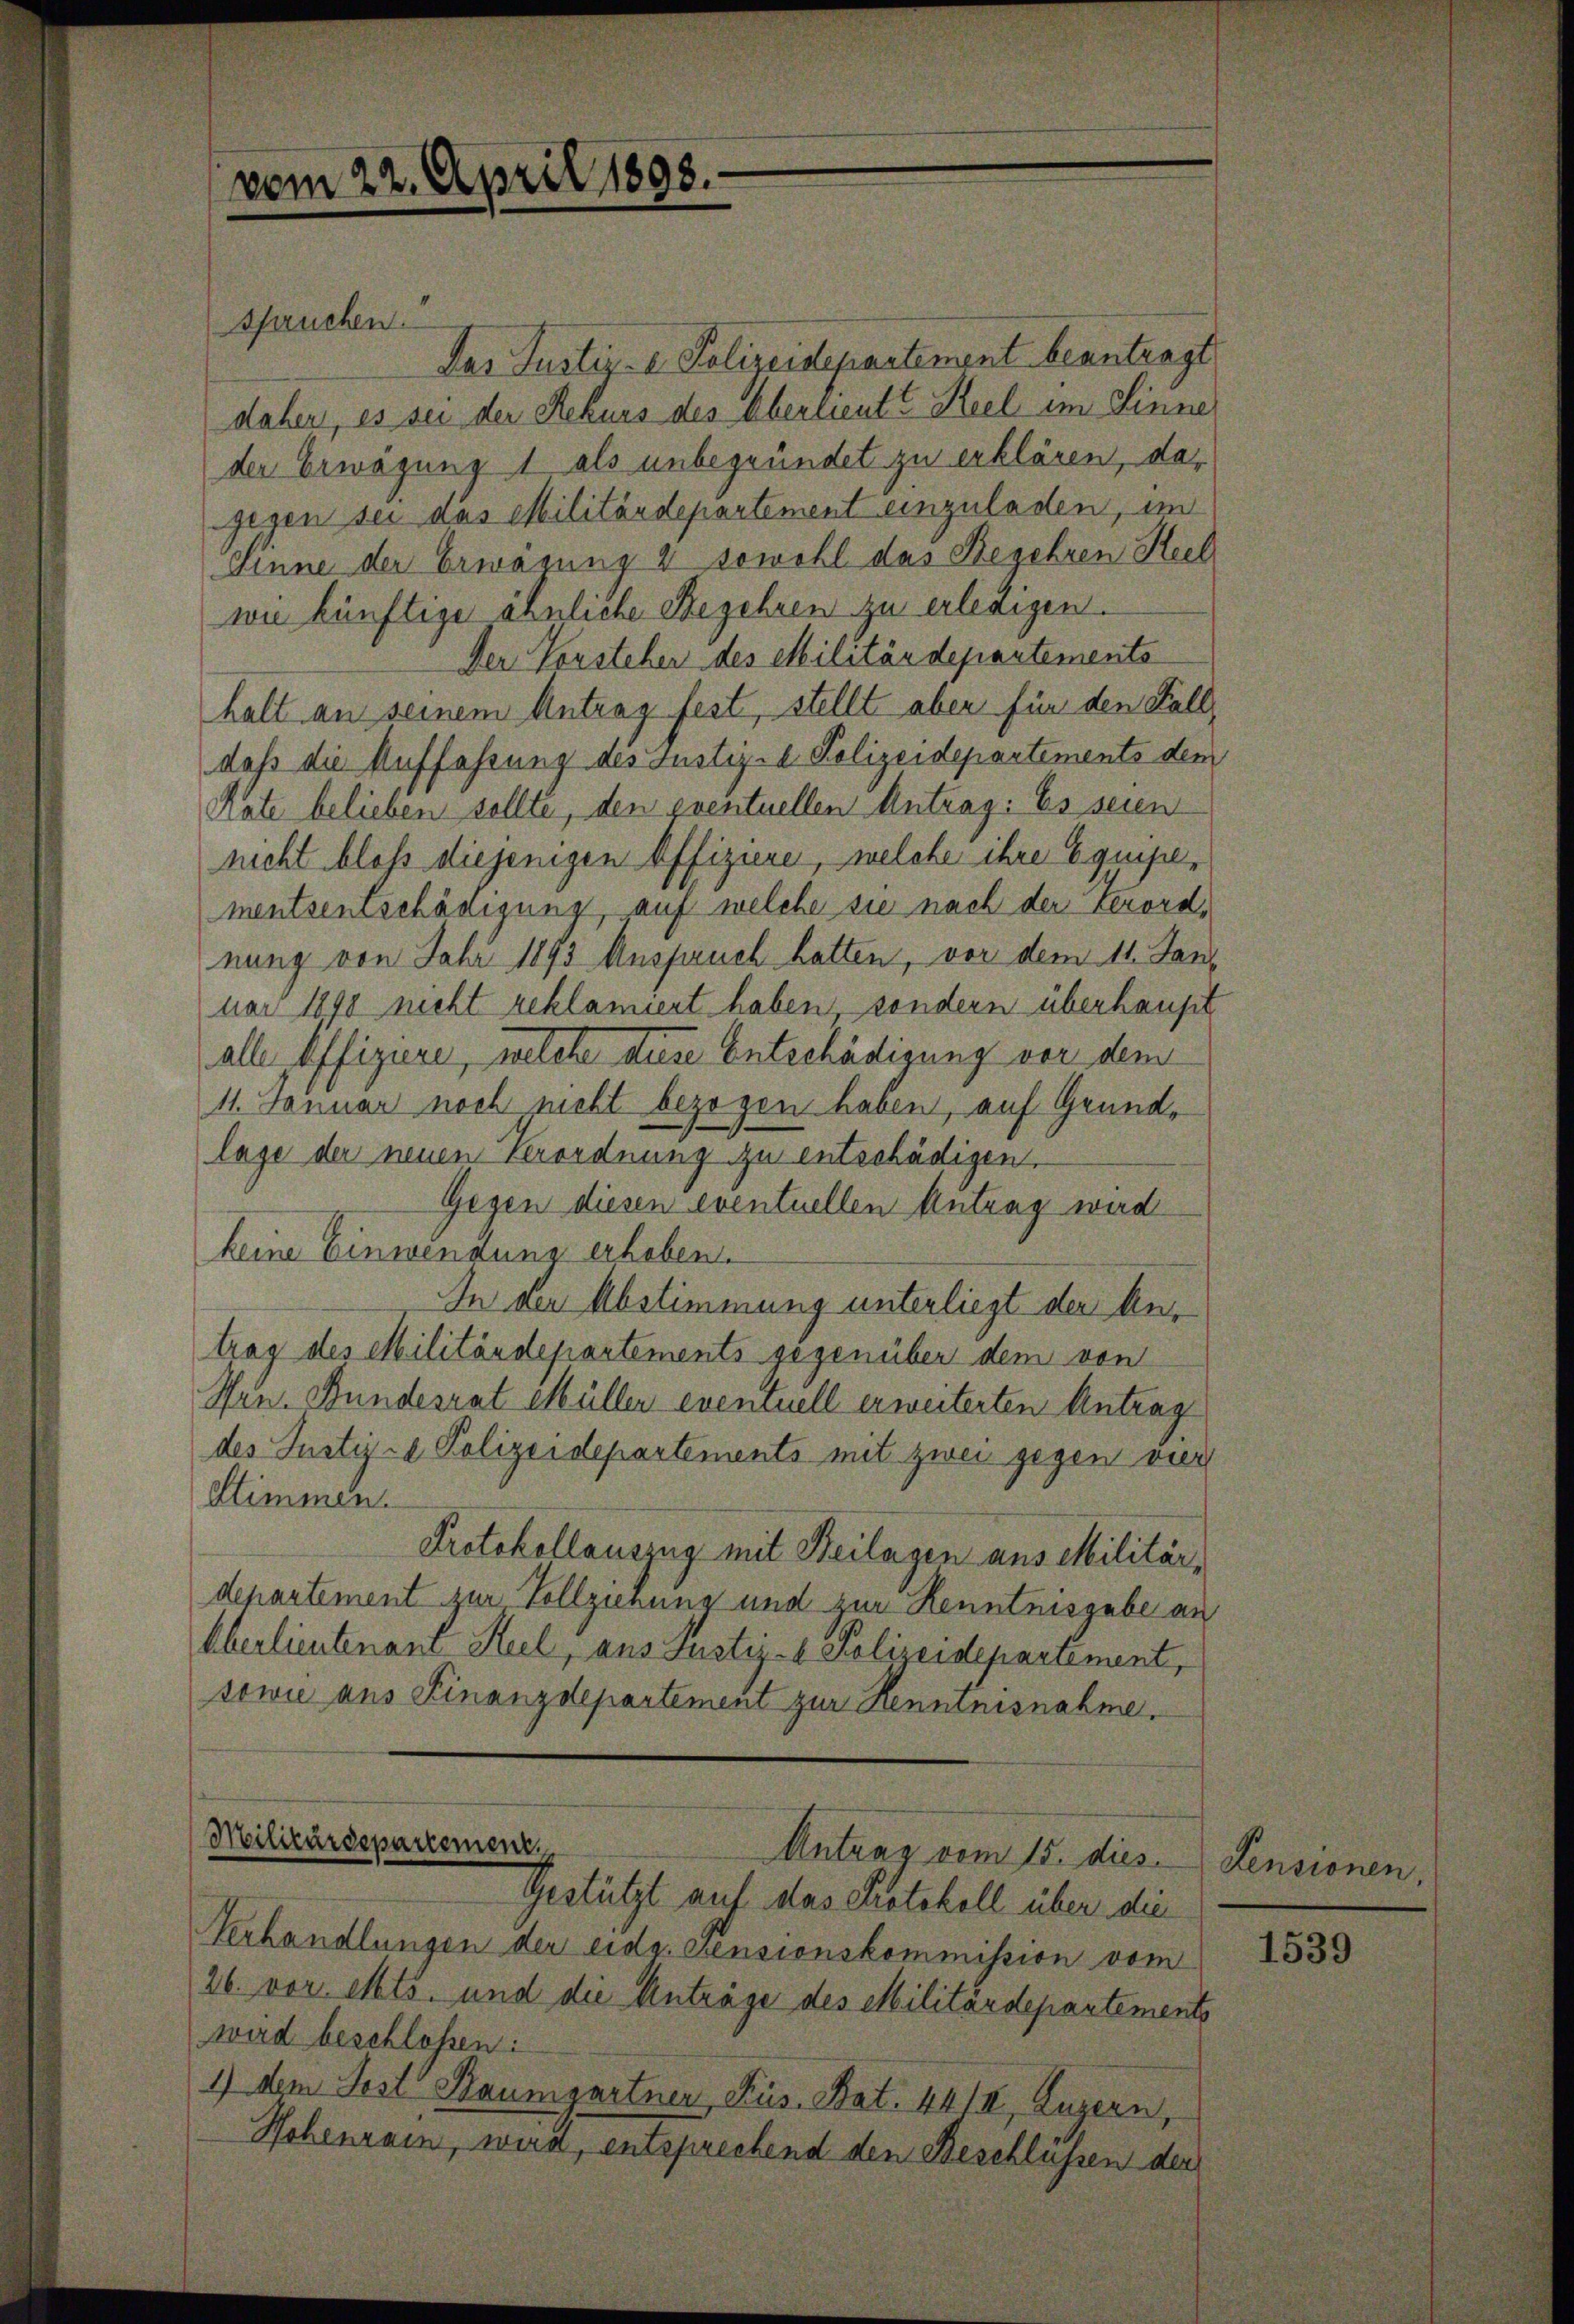
vom 22. April 1898.

spruchen.
Das Justiz- & Polizeidepartement beantragt
daher, es sei der Rekurs des Oberlieutt Keel im Sinne
der Erwägung 1 als unbegründet zu erklären, dagesen sei das Militärdepartement einzuladen, im
Sinne der Erwägung 2 sowohl das Begehren Heil
wie künftige ähnliche Begehren zu erledigen.
Der Vorsteher des Militärdepartements
halt an seinem Antrag fest, stellt aber für den Fall
daß die Auffahrung des Justiz- Polizeidepartements dem
crate belieben sollte, den eventuellen Antrag: Es seien
nicht bloß diejenigen Offiziere, welche ihre Equipementsentschädigung auf welche sie nach der Verorde
nung von Jahr 1893 Anspruch hatten, vor dem 11. Jani
nach 1890 nicht reklamiert haben, sondern überhaupt
alle Offiziere, welche diese Entschädigung vor dem
11. Januar noch nicht bezogen haben, auf Grundlage der neuen Verordnung zu entschädigen.
Gegen diesen eventuellen Antrag wird
keine Einwendung erhoben.
In der Abstimmung unterliegt der Antrag des Militärdepartements gegenüber dem von
Hrn. Bundesrat Müller eventuell erweiterten Antrag
des Justiz- & Polizeidepartements mit zwei gegen vier
Stimmen.
Protokollauszug mit Beilagen aus Militärdepartement zur Vollzienung und zur Kenntnisgabe an
Oberlieutenant Heil, aus Justiz- & Polizeidepartement,
sowie aus Finanzdepartement zur Henminisnahme.
Militärdepartement,
Antrag vom 15. dies Pensionen
Gestützt auf das Protokoll über die
Verhandlungen der eidg. Pensionskommission vom
26. vor. Mts. und die Anträge des Militärdepartements
wird beschlossen:
1) dem Fest Baumgartner, Küs. Bat. 44/II, Luzern,
Hohenrain, wird, entsprechend den Beschlüssen der

1539